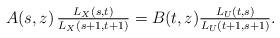
LaTeX: \begin{align*}A(s,z)\,\tfrac{L_X(s,t)}{L_X(s+1,t+1)}=B(t,z)\tfrac{L_U(t,s)}{L_U(t+1,s+1)}.\end{align*}